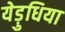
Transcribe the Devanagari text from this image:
येड़ुधिया